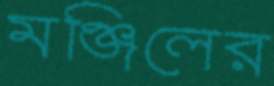
মঞ্জিলের